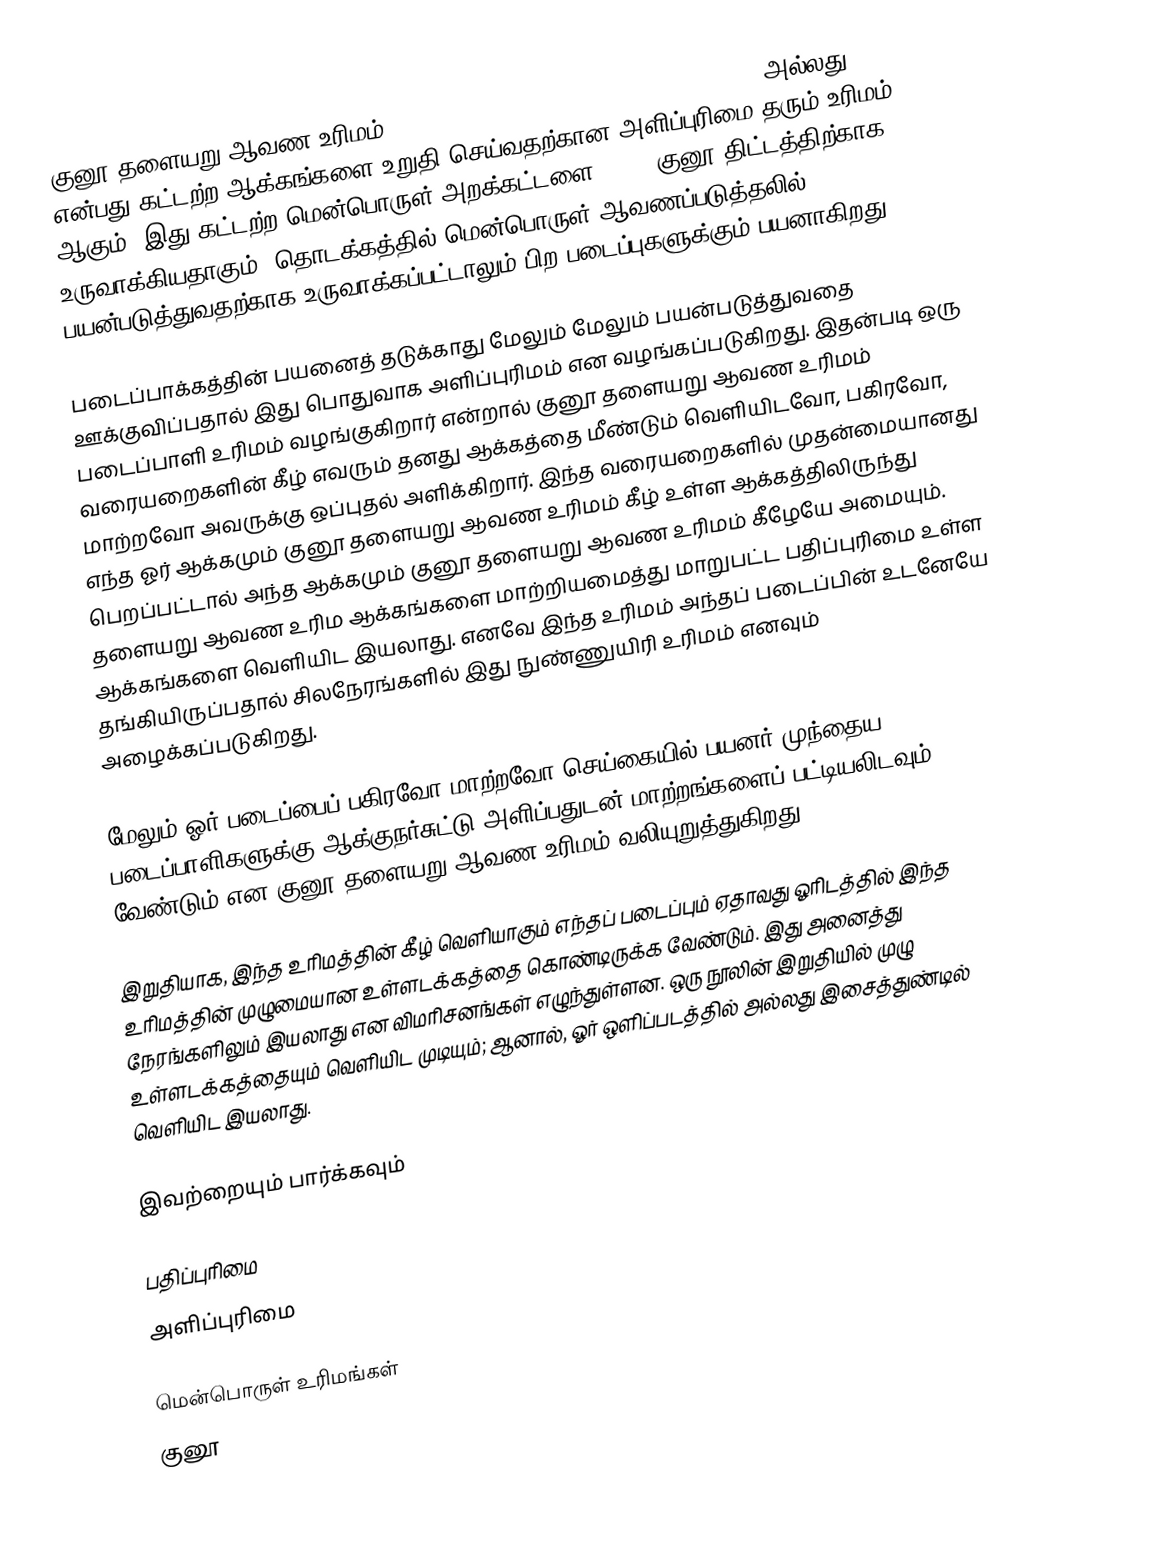
குனூ தளையறு ஆவண உரிமம் (GNU Free Documentation License, GNU FDL அல்லது GFDL) என்பது கட்டற்ற ஆக்கங்களை உறுதி செய்வதற்கான அளிப்புரிமை தரும் உரிமம் ஆகும். இது கட்டற்ற மென்பொருள் அறக்கட்டளை (FSF) குனூ திட்டத்திற்காக உருவாக்கியதாகும். தொடக்கத்தில் மென்பொருள் ஆவணப்படுத்தலில் பயன்படுத்துவதற்காக உருவாக்கப்பட்டாலும் பிற படைப்புகளுக்கும் பயனாகிறது.

படைப்பாக்கத்தின் பயனைத் தடுக்காது மேலும் மேலும் பயன்படுத்துவதை ஊக்குவிப்பதால் இது பொதுவாக அளிப்புரிமம் என வழங்கப்படுகிறது. இதன்படி ஒரு படைப்பாளி உரிமம் வழங்குகிறார் என்றால் குனூ தளையறு ஆவண உரிமம் வரையறைகளின் கீழ் எவரும் தனது ஆக்கத்தை மீண்டும் வெளியிடவோ, பகிரவோ, மாற்றவோ அவருக்கு ஒப்புதல் அளிக்கிறார். இந்த வரையறைகளில் முதன்மையானது எந்த ஓர் ஆக்கமும் குனூ தளையறு ஆவண உரிமம் கீழ் உள்ள ஆக்கத்திலிருந்து பெறப்பட்டால் அந்த ஆக்கமும் குனூ தளையறு ஆவண உரிமம் கீழேயே அமையும். தளையறு ஆவண உரிம ஆக்கங்களை மாற்றியமைத்து மாறுபட்ட பதிப்புரிமை உள்ள ஆக்கங்களை வெளியிட இயலாது. எனவே இந்த உரிமம் அந்தப் படைப்பின் உடனேயே தங்கியிருப்பதால் சிலநேரங்களில் இது நுண்ணுயிரி உரிமம் எனவும் அழைக்கப்படுகிறது.

மேலும் ஓர் படைப்பைப் பகிரவோ மாற்றவோ செய்கையில் பயனர் முந்தைய படைப்பாளிகளுக்கு ஆக்குநர்சுட்டு அளிப்பதுடன் மாற்றங்களைப் பட்டியலிடவும் வேண்டும் என குனூ தளையறு ஆவண உரிமம் வலியுறுத்துகிறது.

இறுதியாக, இந்த உரிமத்தின் கீழ் வெளியாகும் எந்தப் படைப்பும் ஏதாவது ஓரிடத்தில் இந்த உரிமத்தின் முழுமையான உள்ளடக்கத்தை கொண்டிருக்க வேண்டும். இது அனைத்து நேரங்களிலும் இயலாது என விமரிசனங்கள் எழுந்துள்ளன. ஒரு நூலின் இறுதியில் முழு உள்ளடக்கத்தையும் வெளியிட முடியும்; ஆனால், ஓர் ஒளிப்படத்தில் அல்லது இசைத்துண்டில் வெளியிட இயலாது.

இவற்றையும் பார்க்கவும்

 பதிப்புரிமை
 அளிப்புரிமை

மென்பொருள் உரிமங்கள்
குனூ